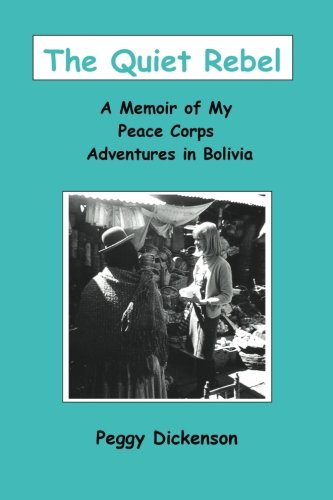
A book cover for The Quiet Rebel: A Memoir of My Peace Corps Adventures in Bolivia; Peggy Dickenson; Travel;